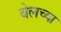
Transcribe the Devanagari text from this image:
वेलच्या